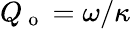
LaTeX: Q_{\mathrm{~o~}}=\omega/\kappa